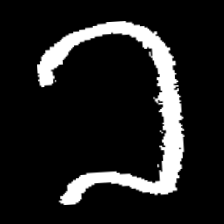
Pyu character \u2014 Myanmar letter: ခ (romanized: kha)